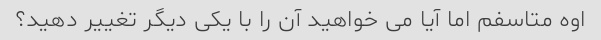
اوه متاسفم اما آیا می خواهید آن را با یکی دیگر تغییر دهید؟